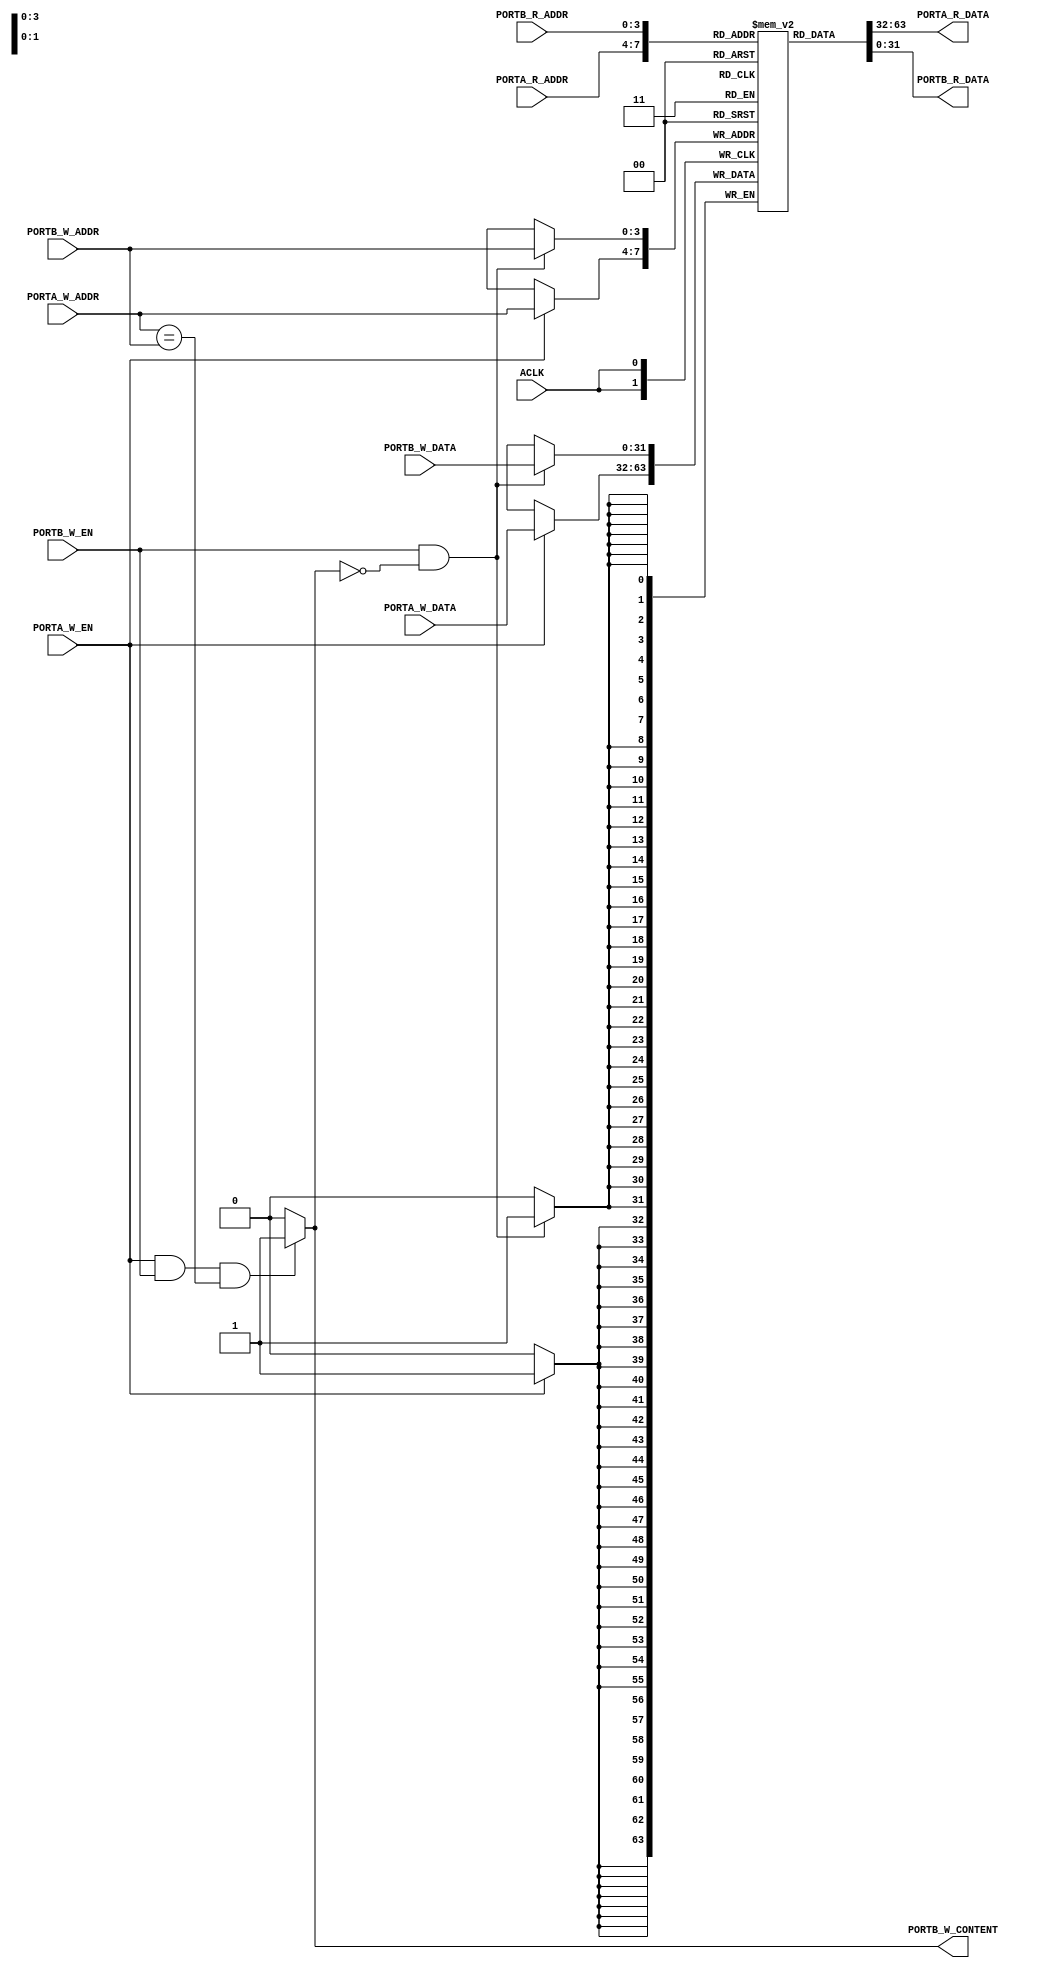
`timescale 1 ns / 1 ps

/****************************************************************************
 * dualport_ram.v
 * (c) 2018 Lucas Brasilino <lucas.brasilino@gmail.com>
 ****************************************************************************/

/**
 * Module: dualport_ram
 *
 * A dualport RAM (can also be single port :-) )
 */

`define TRUE 1'b1
`define FALSE 1'b0

module dualport_ram #(
        parameter            TYPE       = "DUALPORT",
        parameter integer    DATA_WIDTH = 32,
        parameter integer    ADDR_WIDTH = 4,
        parameter integer    PROP_DELAY = 0
        )
        (
        input  wire                      ACLK,
        /* PORT A */
        input  wire [ADDR_WIDTH-1:0]     PORTA_W_ADDR,
        input  wire [DATA_WIDTH-1:0]     PORTA_W_DATA,
        input  wire                      PORTA_W_EN,
        input  wire [ADDR_WIDTH-1:0]     PORTA_R_ADDR,
        output wire [DATA_WIDTH-1:0]     PORTA_R_DATA,
        /* PORT B */
        input  wire [ADDR_WIDTH-1:0]     PORTB_W_ADDR,
        input  wire [DATA_WIDTH-1:0]     PORTB_W_DATA,
        input  wire                      PORTB_W_EN,
        output wire                      PORTB_W_CONTENT,
        input  wire [ADDR_WIDTH-1:0]     PORTB_R_ADDR,
        output wire [DATA_WIDTH-1:0]     PORTB_R_DATA
        );

    localparam NB_DELAY                    = PROP_DELAY;
    localparam A_DELAY                     = PROP_DELAY;

    wire                        portb_w_content;

    reg [DATA_WIDTH-1:0] ram [2**ADDR_WIDTH-1:0];

    assign PORTA_R_DATA = ram[PORTA_R_ADDR];

    always @(posedge ACLK)
        if (PORTA_W_EN)
            ram[PORTA_W_ADDR] <= #NB_DELAY PORTA_W_DATA;

        generate
            if (TYPE == "DUALPORT") begin
                assign PORTB_R_DATA = ram[PORTB_R_ADDR];
                assign PORTB_W_CONTENT = portb_w_content;
                assign portb_w_content = ((PORTA_W_EN && PORTB_W_EN) && (PORTA_W_ADDR == PORTB_W_ADDR)) ? `TRUE : `FALSE;

                always @(posedge ACLK)
                    if (PORTB_W_EN && !portb_w_content)
                        ram[PORTB_W_ADDR] <= #NB_DELAY PORTB_W_DATA;
            end
            else if (TYPE == "SINGLEPORT") begin
                assign PORTB_W_CONTENT = `FALSE;
                assign PORTB_R_DATA = 0;
            end
        endgenerate
endmodule